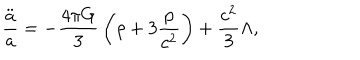
{ \frac { \ddot { a } } { a } } = - { \frac { 4 \pi G } { 3 } } \left( \rho + 3 { \frac { p } { c ^ { 2 } } } \right) + { \frac { c ^ { 2 } } { 3 } } \Lambda ,